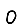
Digit: 0